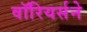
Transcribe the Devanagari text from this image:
वॉरियर्सने